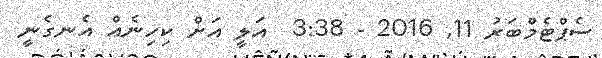
ސެޕްޓެމްބަރު 11